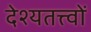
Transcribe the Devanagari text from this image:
देश्यतत्त्वों